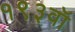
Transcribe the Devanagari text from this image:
१९३वॉ